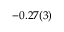
- 0 . 2 7 ( 3 )